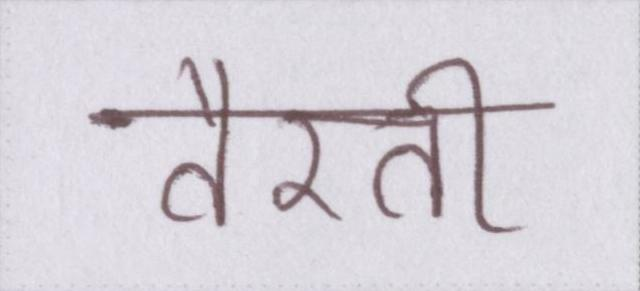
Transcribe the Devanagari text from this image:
तैरती